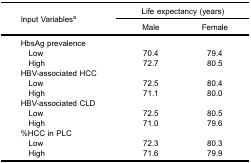
<table><thead><tr><td rowspan="3"><b>Input Variables<sup>a</sup></b></td><td colspan="2"><b>Life expectancy (years)</b></td></tr><tr><td><b>Male</b></td><td><b>Female</b></td></tr></thead><tbody><tr><td>HbsAg prevalence</td><td> </td><td> </td></tr><tr><td>​ Low</td><td>70.4</td><td>79.4</td></tr><tr><td>​ High</td><td>72.7</td><td>80.5</td></tr><tr><td>HBV-associated HCC</td><td> </td><td> </td></tr><tr><td>​ Low</td><td>72.5</td><td>80.4</td></tr><tr><td>​ High</td><td>71.1</td><td>80.0</td></tr><tr><td>HBV-associated CLD</td><td> </td><td> </td></tr><tr><td>​ Low</td><td>72.5</td><td>80.5</td></tr><tr><td>​ High</td><td>71.0</td><td>79.6</td></tr><tr><td>%HCC in PLC</td><td> </td><td> </td></tr><tr><td>​ Low</td><td>72.3</td><td>80.3</td></tr><tr><td>​ High</td><td>71.6</td><td>79.9</td></tr></tbody></table>